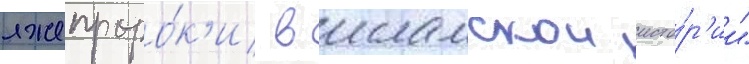
лжепроро́к'и в исламскои исто́р'ии"